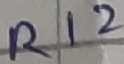
Text: R12